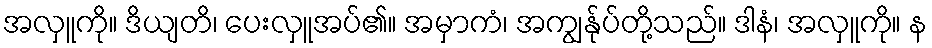
အလှူကို။ ဒိယျတိ၊ ပေးလှူအပ်၏။ အမှာကံ၊ အကျွန်ုပ်တို့သည်။ ဒါနံ၊ အလှူကို။ န